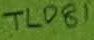
Text: TL081